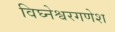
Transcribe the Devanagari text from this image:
विघ्नेश्वरगणेश